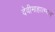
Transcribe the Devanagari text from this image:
देवीमाहात्म्यम्